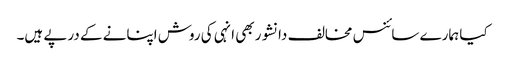
کیا ہمارے سائنس مخالف دانشور بھی انہی کی روش اپنانے کے درپے ہیں۔